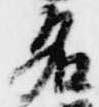
名